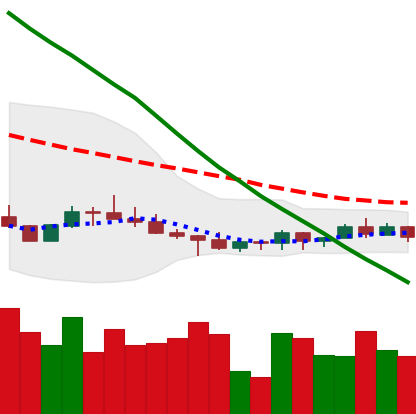
Ticker: ADA-USD
Chart end date: 2022-07-10
Forward return: -4.483%
Label: down_3_5